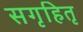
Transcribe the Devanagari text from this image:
सगृहितृ